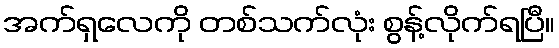
အက်ရှလေကို တစ်သက်လုံး စွန့်လိုက်ရပြီ။